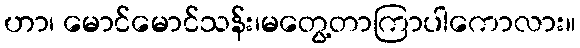
ဟာ၊ မောင်မောင်သန်း၊မတွေ့တာကြာပါကောလား။